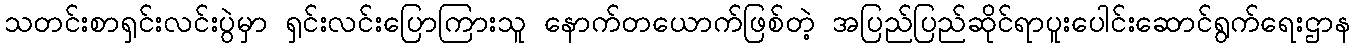
သတင်းစာရှင်းလင်းပွဲမှာ ရှင်းလင်းပြောကြားသူ နောက်တယောက်ဖြစ်တဲ့ အပြည်ပြည်ဆိုင်ရာပူးပေါင်းဆောင်ရွက်ရေးဌာန